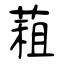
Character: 蒩